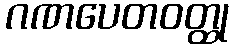
ဂဏပေတဝတ္ထု